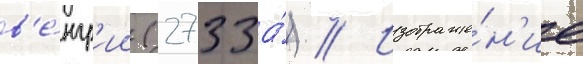
в'е́нгр'ии (2733а́) // Изображе́н'ие